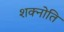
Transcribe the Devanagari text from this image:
शक्नोति